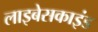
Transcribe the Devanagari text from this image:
लाइबेसकाइंड